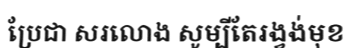
ប្រែជា សរលោង សូម្បីតែរង្វង់មុខ